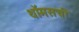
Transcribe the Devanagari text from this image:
थॉमसची